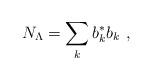
LaTeX: \begin{align*}N_{\Lambda} = \sum_{{k}} b_{{k}}^{*}b_{{k}} \ ,\end{align*}